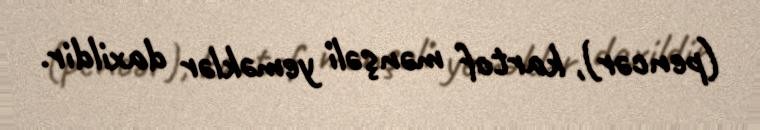
(pencər), kartof mənşəli yeməklər daxildir.